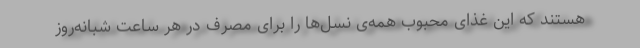
هستند که این غذای محبوب همه‌ی نسل‌ها را برای مصرف در هر ساعت شبانه‌روز